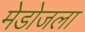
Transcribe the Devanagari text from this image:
मेडोजला